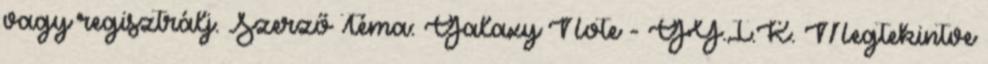
vagy regisztrálj. Szerző Téma: Galaxy Note - GY.I.K. Megtekintve